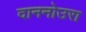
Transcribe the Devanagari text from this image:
दाननोउरा